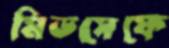
মিডসেফে